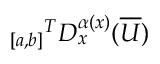
{ _ { [ a , b ] } } ^ { T } D _ { x } ^ { \alpha ( x ) } ( \overline { { U } } )